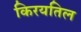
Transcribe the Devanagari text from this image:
किरयतिल